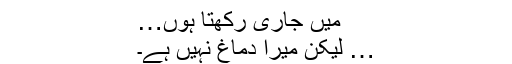
میں جاری رکھتا ہوں…
… لیکن میرا دماغ نہیں ہے۔